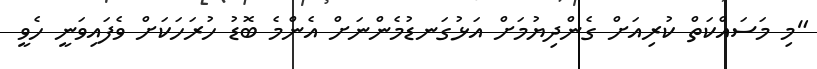
"މި މަސައްކަތް ކުރިއަށް ގެންދިޔުމަށް އަޅުގަނޑުމެންނަށް އެންމެ ބޮޑު ހުރަހަކަށް ވެފައިވަނީ ހެވީ